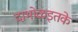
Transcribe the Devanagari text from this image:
दाभोळइतके